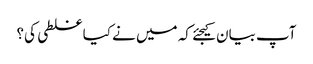
آپ بیان کیجئے کہ میں نے کیا غلطی کی؟